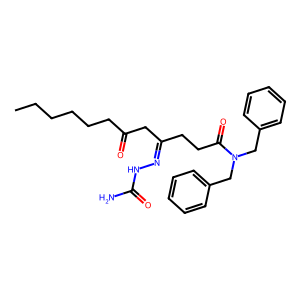
SMILES: CCCCCCC(=O)CC(CCC(=O)N(Cc1ccccc1)Cc1ccccc1)=NNC(N)=O
Inhibits HIV replication: No